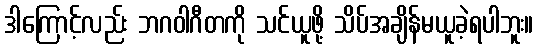
ဒါကြောင့်လည်း ဘဂဝါဂီတကို သင်ယူဖို့ သိပ်အချိန်မယူခဲ့ရပါဘူး။